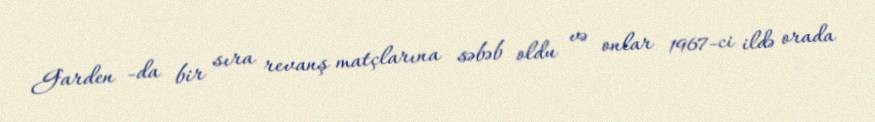
Garden -da bir sıra revanş matçlarına səbəb oldu və onlar 1967-ci ildə orada